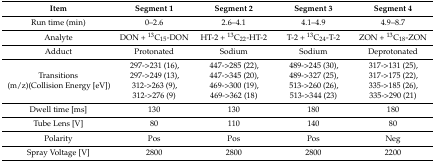
<table><thead><tr><td><b>Item</b></td><td><b>Segment 1</b></td><td><b>Segment 2</b></td><td><b>Segment 3</b></td><td><b>Segment 4</b></td></tr></thead><tbody><tr><td>Run time (min)</td><td>0–2.6</td><td>2.6–4.1</td><td>4.1–4.9</td><td>4.9–8.7</td></tr><tr><td>Analyte</td><td>DON + <sup>13</sup>C<sub>15</sub>-DON</td><td>HT-2 + <sup>13</sup>C<sub>22</sub>-HT-2</td><td>T-2 + <sup>13</sup>C<sub>24</sub>-T-2</td><td>ZON + <sup>13</sup>C<sub>18</sub>-ZON</td></tr><tr><td>Adduct</td><td>Protonated</td><td>Sodium</td><td>Sodium</td><td>Deprotonated</td></tr><tr><td>Transitions (m/z)(Collision Energy [eV])</td><td>297-&gt;231 (16),297-&gt;249 (13),312-&gt;263 (9),312-&gt;276 (9)</td><td>447-&gt;285 (22),447-&gt;345 (20),469-&gt;300 (19),469-&gt;362 (18)</td><td>489-&gt;245 (30),489-&gt;327 (25),513-&gt;260 (26),513-&gt;344 (23)</td><td>317-&gt;131 (25),317-&gt;175 (22),335-&gt;185 (26),335-&gt;290 (21)</td></tr><tr><td>Dwell time [ms]</td><td>130</td><td>130</td><td>180</td><td>180</td></tr><tr><td>Tube Lens [V]</td><td>80</td><td>110</td><td>140</td><td>80</td></tr><tr><td>Polarity</td><td>Pos</td><td>Pos</td><td>Pos</td><td>Neg</td></tr><tr><td>Spray Voltage [V]</td><td>2800</td><td>2800</td><td>2800</td><td>2200</td></tr></tbody></table>